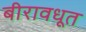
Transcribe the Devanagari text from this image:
बीरावधूत